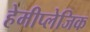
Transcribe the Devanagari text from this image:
हेमीप्लेजिक